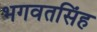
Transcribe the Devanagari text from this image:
भगवतसिंह